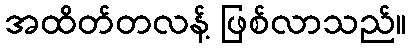
အထိတ်တလန့် ဖြစ်လာသည်။